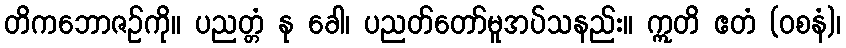
တိကဘောဇဉ်ကို။ ပညတ္တံ နု ခေါ၊ ပညတ်တော်မူအပ်သနည်း။ ဣတိ ဧတံ (ဝစနံ)၊